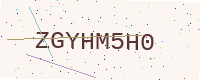
Text: ZGYHM5H0